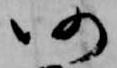
仍